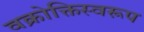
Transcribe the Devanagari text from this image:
वक्रोक्तिस्वरूप